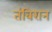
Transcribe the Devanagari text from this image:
तंबिरान